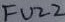
Text: FUZZ